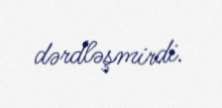
dərdləşmirdi.